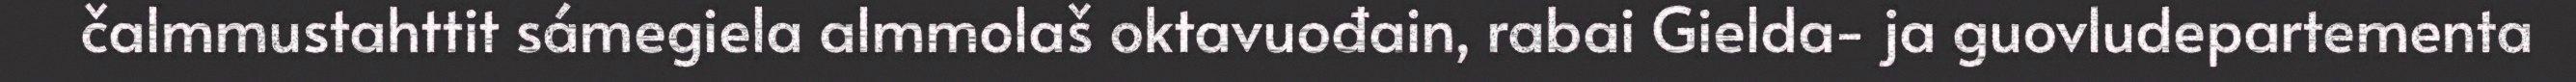
čalmmustahttit sámegiela almmolaš oktavuođain, rabai Gielda- ja guovludepartementa